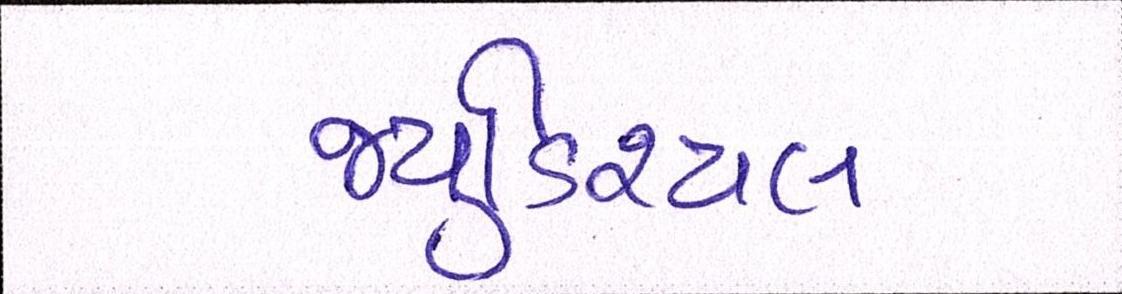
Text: જ્યુડિશ્યલ